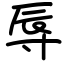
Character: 辱